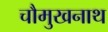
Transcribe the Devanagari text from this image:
चौमुखनाथ